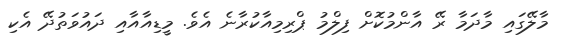
މާލޭގައި މާދަމާ ރޭ އާންމުކޮށް ފިލްމު ޕްރިމިއާކުރާނެ އެވެ. މީޑިއާއާއި ދައުވަތުދޭ އެކި